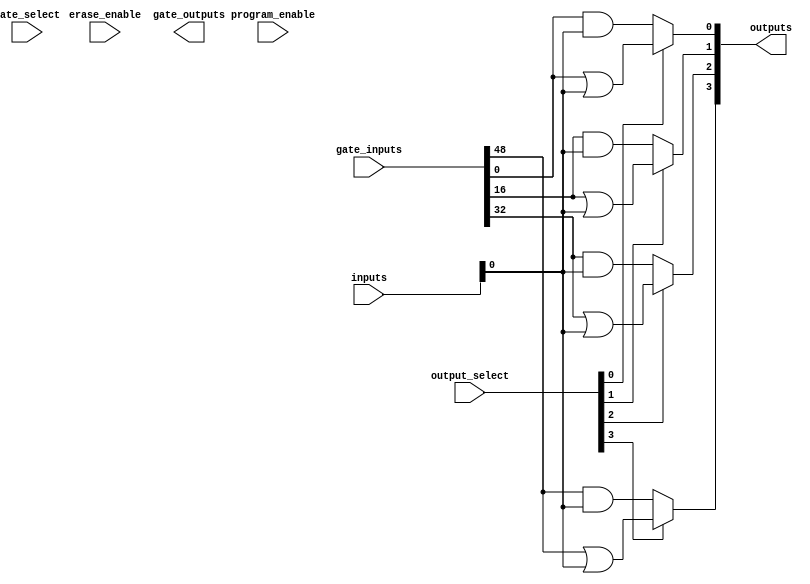
module CLB #(
    parameter NUM_INPUTS = 16,  // Number of inputs (4 to 16)
    parameter NUM_OUTPUTS = 4,   // Number of outputs
    parameter NUM_LOGIC_GATES = 8 // Number of configurable logic gates
)(
    input wire [NUM_INPUTS-1:0] inputs,               // Input lines
    input wire [NUM_LOGIC_GATES-1:0] gate_select,     // Select lines for gates
    input wire [NUM_OUTPUTS-1:0] output_select,       // Select lines for outputs
    input wire [NUM_INPUTS*NUM_LOGIC_GATES-1:0] gate_inputs, // Inputs to logic gates
    input wire program_enable,                          // Programming enable signal
    input wire erase_enable,                            // Erase enable signal
    output wire [NUM_OUTPUTS-1:0] outputs,            // Output lines
    output wire [NUM_LOGIC_GATES-1:0] gate_outputs     // Outputs from logic gates
);

// Internal signals for logic gates
wire [NUM_LOGIC_GATES-1:0] and_outputs;
wire [NUM_LOGIC_GATES-1:0] or_outputs;
wire [NUM_LOGIC_GATES-1:0] not_outputs;

// Logic Gate Implementations
genvar i;
generate
    for (i = 0; i < NUM_LOGIC_GATES; i = i + 1) begin : logic_gates
        // AND gate
        assign and_outputs[i] = gate_inputs[i*NUM_INPUTS +: NUM_INPUTS] & inputs;

        // OR gate
        assign or_outputs[i] = gate_inputs[i*NUM_INPUTS +: NUM_INPUTS] | inputs;

        // NOT gate
        assign not_outputs[i] = ~inputs;
        
        // Other gates like NAND, NOR, XOR can be added similarly
    end
endgenerate

// Multiplexer for output selection
generate
    for (i = 0; i < NUM_OUTPUTS; i = i + 1) begin : output_mux
        assign outputs[i] = (output_select[i]) ? or_outputs[i] : and_outputs[i];
    end
endgenerate

// Erasable Programmable Logic (program/erase logic)
always @(posedge program_enable or posedge erase_enable) begin
    if (erase_enable) begin
        // Logic to erase the configurations (reset logic)
        // This can be implemented using fuses or anti-fuses
    end else if (program_enable) begin
        // Logic to program the configurations
        // This may involve writing to a specific memory or register
    end
end

endmodule